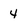
Character: 4